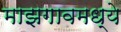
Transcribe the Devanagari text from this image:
माझगावमध्ये